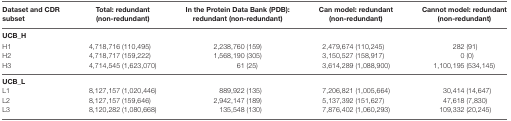
<table><thead><tr><td><b>Dataset and CDR subset</b></td><td><b>Total: redundant (non-redundant)</b></td><td><b>In the Protein Data Bank (PDB): redundant (non-redundant)</b></td><td><b>Can model: redundant (non-redundant)</b></td><td><b>Cannot model: redundant (non-redundant)</b></td></tr><tr><td><b>UCB_H</b></td><td></td><td></td><td></td><td></td></tr></thead><tbody><tr><td>H1</td><td>4,718,716 (110,495)</td><td>2,238,760 (159)</td><td>2,479,674 (110,245)</td><td>282 (91)</td></tr><tr><td>H2</td><td>4,718,717 (159,222)</td><td>1,568,190 (305)</td><td>3,150,527 (158,917)</td><td>0 (0)</td></tr><tr><td>H3</td><td>4,714,545 (1,623,070)</td><td>61 (25)</td><td>3,614,289 (1,088,900)</td><td>1,100,195 (534,145)</td></tr><tr><td><b>UCB_L</b></td><td></td><td></td><td></td><td></td></tr><tr><td>L1</td><td>8,127,157 (1,020,446)</td><td>889,922 (135)</td><td>7,206,821 (1,005,664)</td><td>30,414 (14,647)</td></tr><tr><td>L2</td><td>8,127,157 (159,646)</td><td>2,942,147 (189)</td><td>5,137,392 (151,627)</td><td>47,618 (7,830)</td></tr><tr><td>L3</td><td>8,120,282 (1,080,668)</td><td>135,548 (130)</td><td>7,876,402 (1,060,293)</td><td>109,332 (20,245)</td></tr></tbody></table>